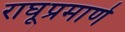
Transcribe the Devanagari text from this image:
राघूप्रमाणे